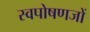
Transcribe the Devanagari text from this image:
स्वपोषणजों